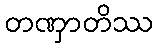
တဏှာတိဿ